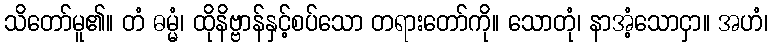
သိတော်မူ၏။ တံ ဓမ္မံ၊ ထိုနိဗ္ဗာန်နှင့်စပ်သော တရားတော်ကို။ သောတုံ၊ နာအံ့သောငှာ။ အဟံ၊